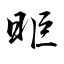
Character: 昛